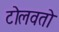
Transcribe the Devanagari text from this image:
टोलवतो